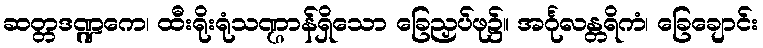
ဆတ္တဒဏ္ဍကေ၊ ထီးရိုးရုံသဏ္ဌာန်ရှိသော ခြေညှပ်ဖု၌။ အင်္ဂုလန္တရိကံ၊ ခြေချောင်း